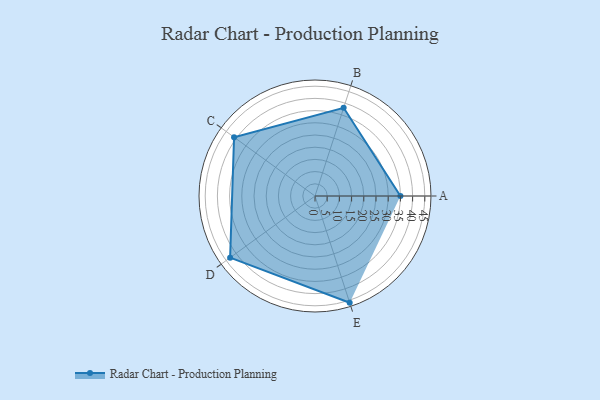
{"axis": {"x": "Skill", "y": "Score"}, "legend": ["Profile"], "data": [{"x": "A", "y": 35.0, "type": "Profile"}, {"x": "B", "y": 38.0, "type": "Profile"}, {"x": "C", "y": 41.0, "type": "Profile"}, {"x": "D", "y": 43.0, "type": "Profile"}, {"x": "E", "y": 46.0, "type": "Profile"}]}